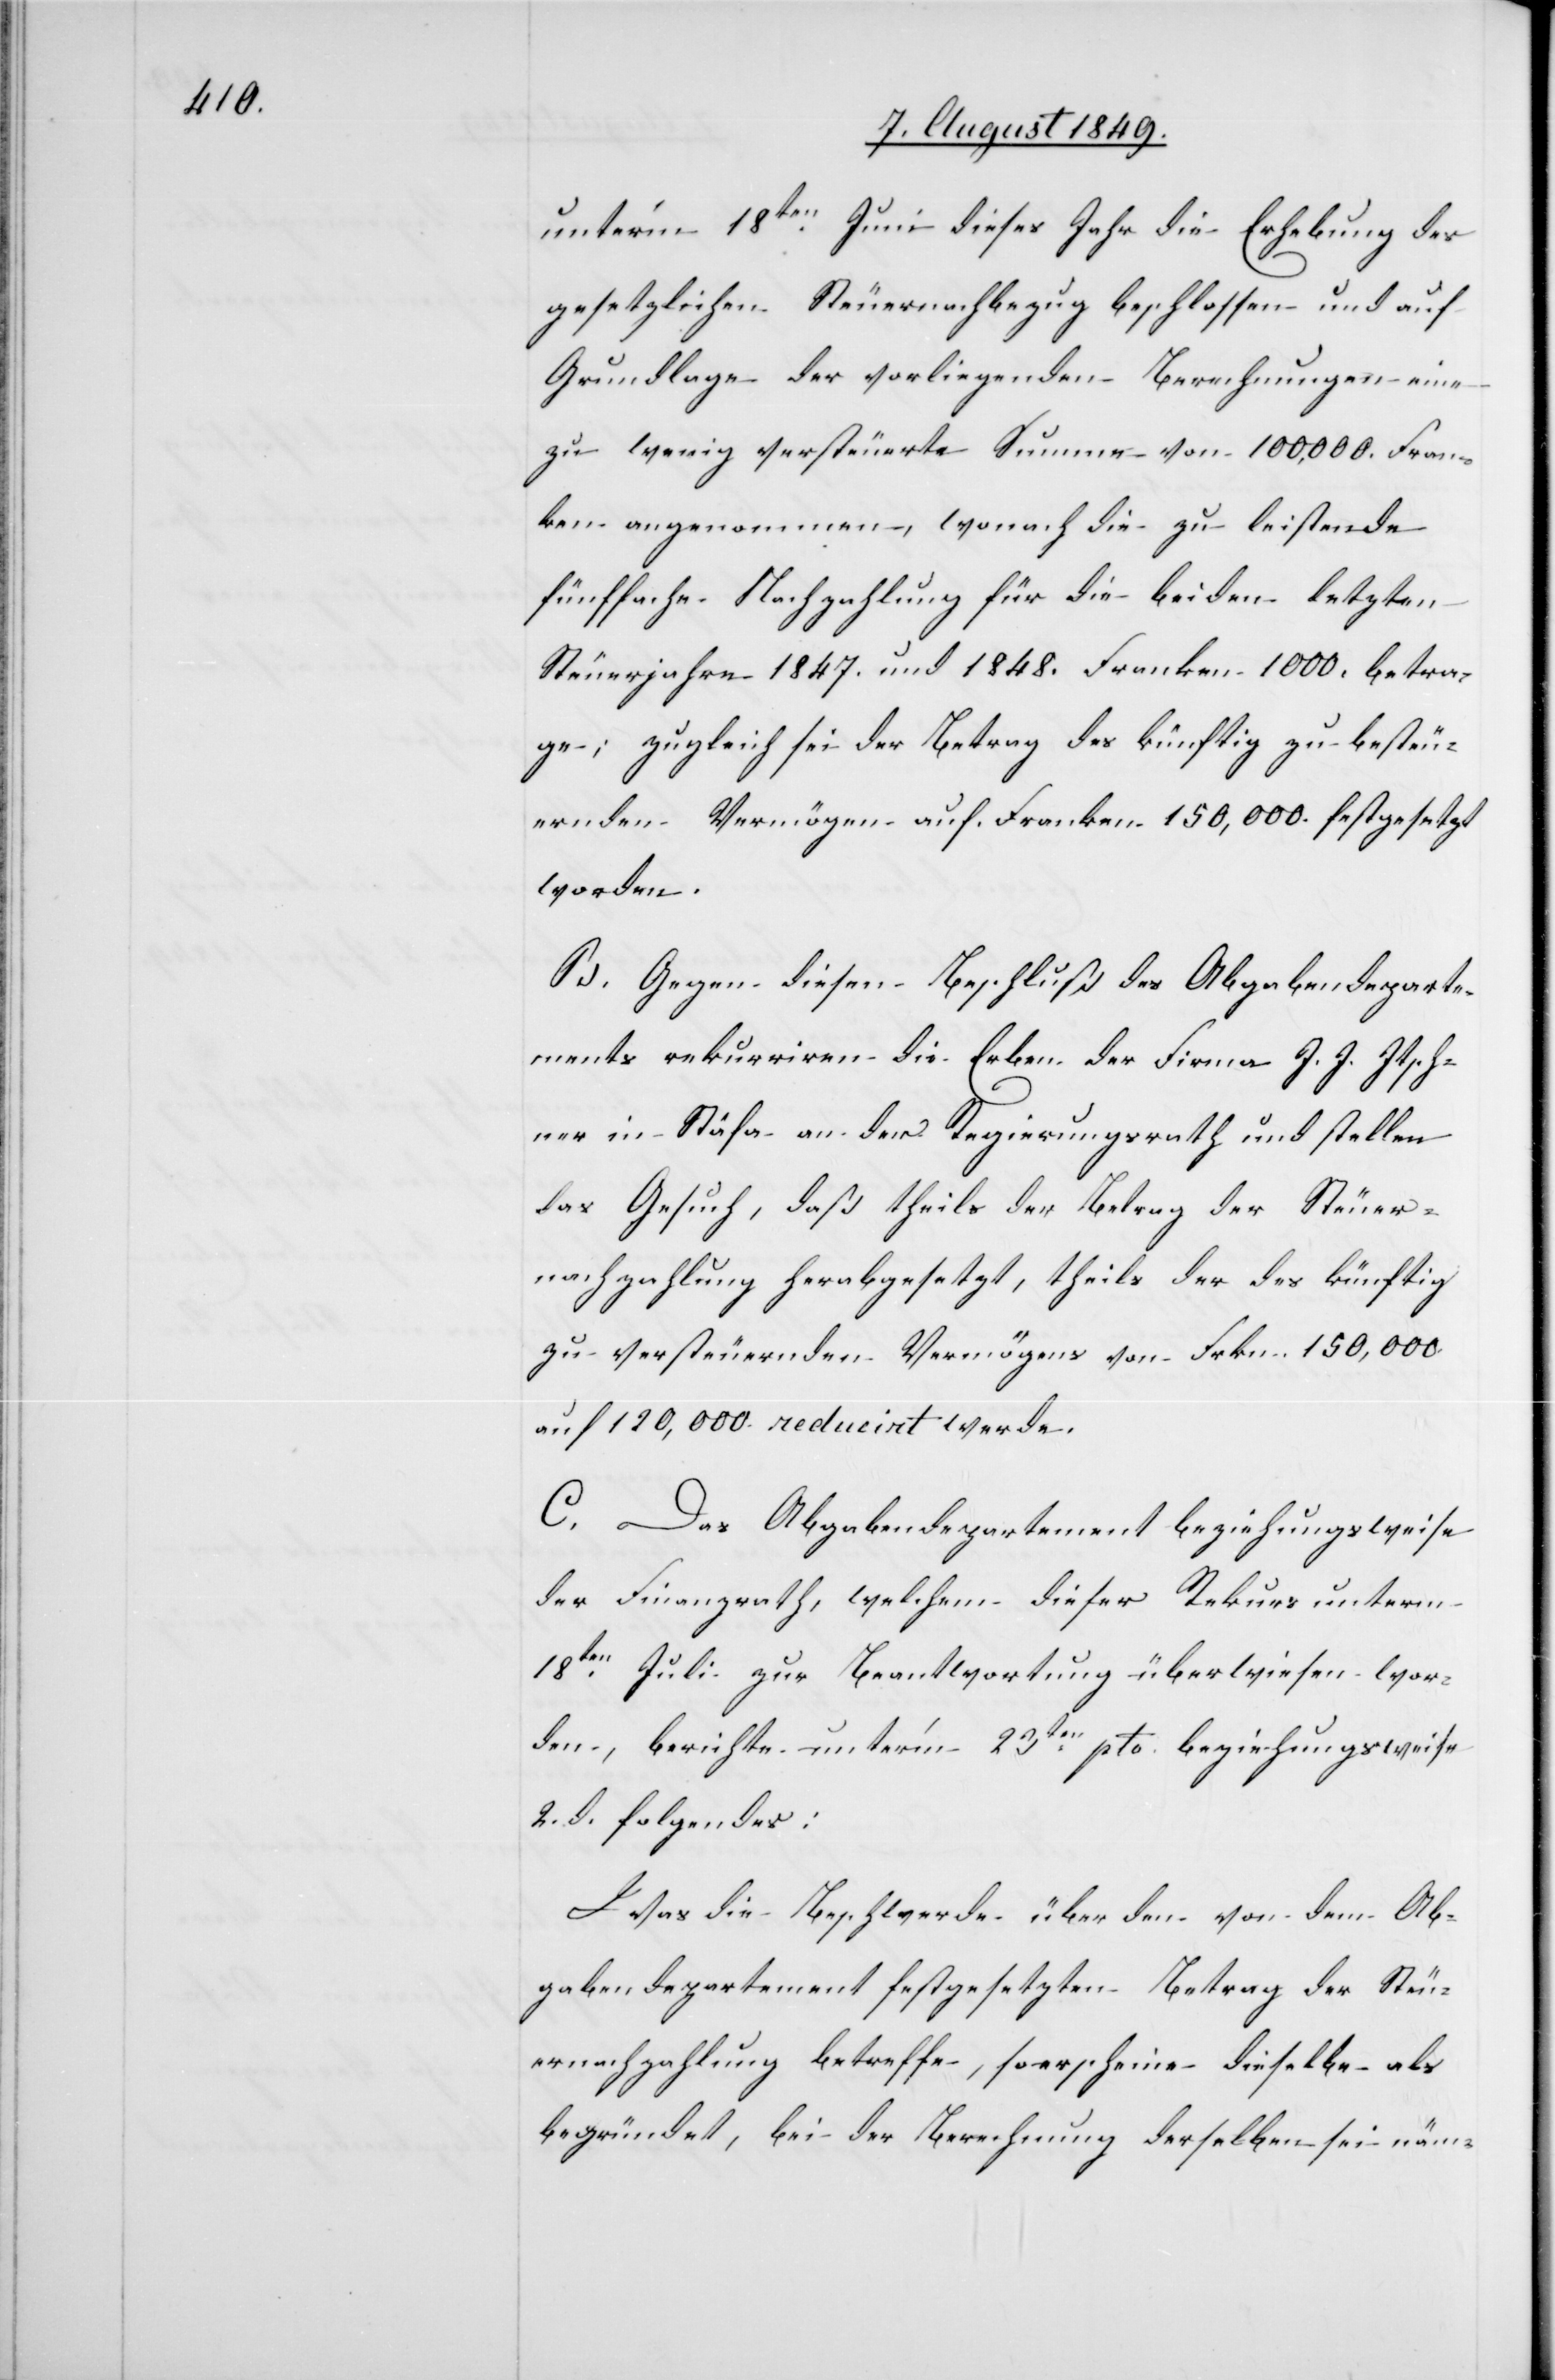
unter’m 18ten Juni dieses Jahr die Erhebung des
gesetzlichen Steuernachbezug beschlossen und auf
Grundlage der vorliegenden Berechnungen eine
zu wenig versteuerte Summe von 100,000. Fran¬
ken angenommen, wonach die zu leistende
fünffache Nachzahlung für die beiden letzten
Steuerjahre 1847. und 1848. Franken 1 000. betra¬
ge; Zugleich sei der Betrag des künftig zu besteu¬
ernden Vermögen auf Franken 150,000. festgesetzt
worden.
B. Gegen diesen Beschluß des Abgabendeparte¬
ments rekurriren die Erben der Firma J. J. Itsch¬
ner in Stäfa an den Regierungsrath und stellen
das Gesuch, daß theils der Betrag der Steuer¬
nachzahlung herabgesetzt, theils der des künftig
zu versteuernden Vermögens von Frkn. 150,000.
auf 120,000. reducirt werde.
C. Das Abgabendepartement beziehungsweise
der Finanzrath, welchem dieser Rekurs unterm
18ten Juli zur Beantwortung überwiesen wor¬
den, berichte unter’m 23ten pto. beziehungsweise
2. d. folgendes:
Was die Beschwerde über den von dem Ab¬
gabendepartement festgesetzten Betrag der Steu¬
ernachzahlung betreffe, so erscheine dieselbe als
begründet, bei der Berechnung derselben sei näm-